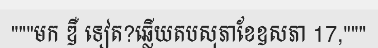
"""មក ឌឺ ទៀត?ឆ្លើយតបសុភាខែឧសភា 17,"""